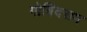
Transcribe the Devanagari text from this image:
गोबिंदराम